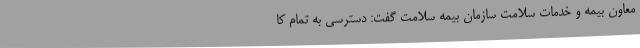
معاون بیمه و خدمات سلامت سازمان بیمه سلامت گفت: دسترسی به تمام کا